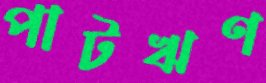
পাটঋণ